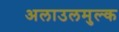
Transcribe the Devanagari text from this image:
अलाउलमुल्क